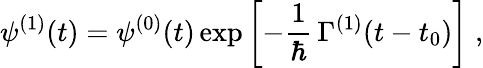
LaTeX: \psi^{(1)}(t)=\psi^{(0)}(t)\exp\left[-\frac{1}{\hbar}\, \Gamma^{(1)}(t-t_{0})\right]\; ,